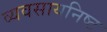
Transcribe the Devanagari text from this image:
व्यवसायनिष्ट